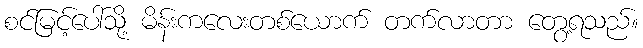
စင်မြင့်ပေါ်သို့ မိန်းကလေးတစ်ယောက် တက်လာတာ တွေ့ရသည်။